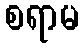
စရာမ